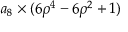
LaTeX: a _ { 8 } \times ( 6 \rho ^ { 4 } - 6 \rho ^ { 2 } + 1 )